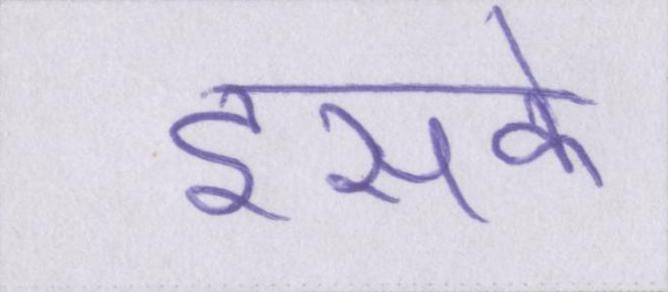
इसके